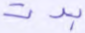
بدت